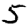
Digit: 5